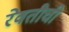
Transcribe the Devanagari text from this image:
रेवतीची